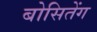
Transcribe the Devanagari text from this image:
बोसितेंग